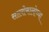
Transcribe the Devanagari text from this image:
सालोमालोच्या